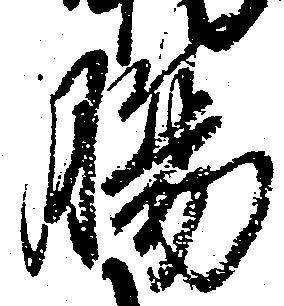
腸